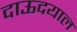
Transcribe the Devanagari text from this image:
दाऊदयाल